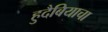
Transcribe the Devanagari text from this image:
हुदैबियाचा